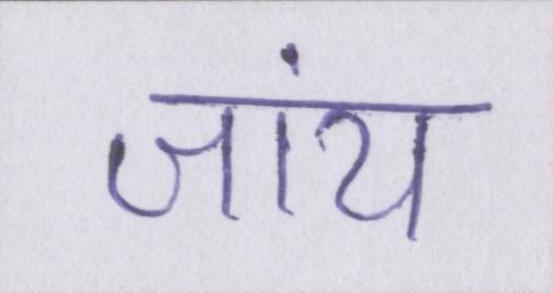
जांय